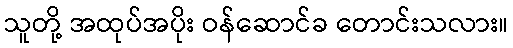
သူတို့ အထုပ်အပိုး ဝန်ဆောင်ခ တောင်းသလား။